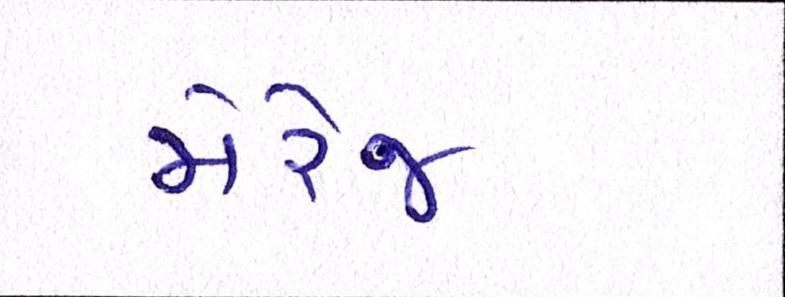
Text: મેરેજ